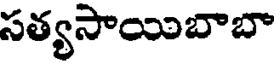
సత్యసాయిబాబా